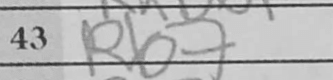
Transcription: Rb7